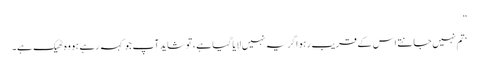
”
‘تم نہیں جانتے اس کے قریب رہو اگر یہ نہیں لایا گیا ہے ، تو شاید آپ جو کہہ رہے ہو وہ ٹھیک ہے۔